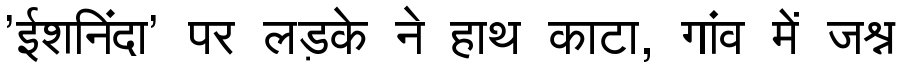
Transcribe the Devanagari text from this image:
'ईशनिंदा' पर लड़के ने हाथ काटा, गांव में जश्न